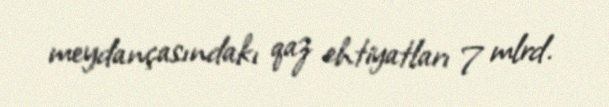
meydançasındakı qaz ehtiyatları 7 mlrd.